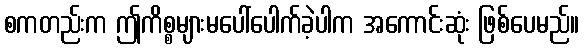
စကတည်းက ဤကိစ္စများမပေါ်ပေါက်ခဲ့ပါက အကောင်းဆုံး ဖြစ်ပေမည်။